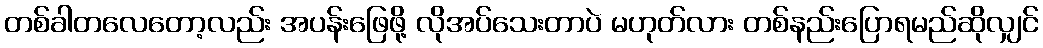
တစ်ခါတလေတော့လည်း အပန်းဖြေဖို့ လိုအပ်သေးတာပဲ မဟုတ်လား တစ်နည်းပြောရမည်ဆိုလျှင်